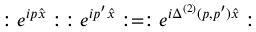
: e ^ { i p \widehat { x } } : \, : e ^ { i p ^ { \prime } \widehat { x } } : = : e ^ { i \Delta ^ { ( 2 ) } ( p , p ^ { \prime } ) \widehat { x } } :